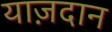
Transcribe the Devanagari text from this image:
याज़दान